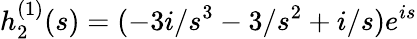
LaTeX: h_{2}^{(1)}(s)=(-3i/s^{3}-3/s^{2}+i/s)e^{is}